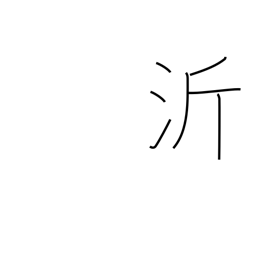
Meaning: name of a Chinese river